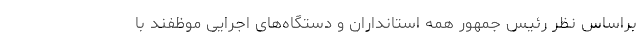
براساس نظر رئیس جمهور همه استانداران و دستگاه‌های اجرایی موظفند با